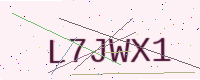
Text: L7JWX1